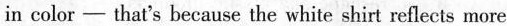
in color ——that’s becuse the white shirt reflects more